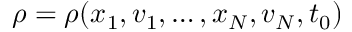
\rho = \rho ( \boldsymbol { x } _ { 1 } , \boldsymbol { v } _ { 1 } , \ldots , \boldsymbol { x } _ { N } , \boldsymbol { v } _ { N } , t _ { 0 } )